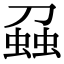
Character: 𧌣